Report of the Municipal Commissioner on the plague in Bombay for the year ending 31st May... - Volume 1
Disease focus: Plague
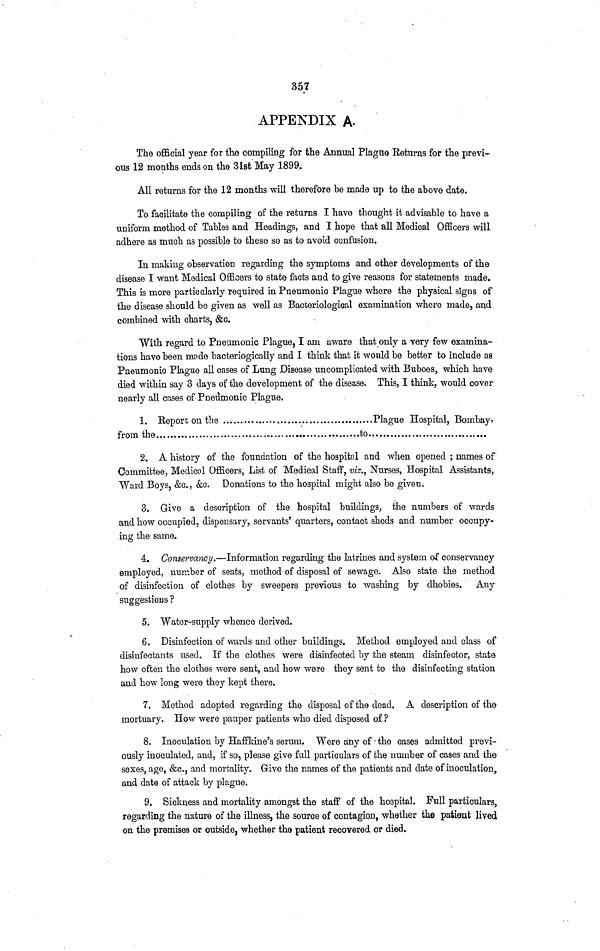
357
APPENDIX A.
The official year for the compiling for the Annual Plague Eeturns for the previ-
ous 12 months ends on the 31st May 1899.
All returns for the 12 months will therefore be made up to the above date.
To facilitate the compiling of the returns I have thought it advisable to have a
uniform method of Tables and Headings, and I hope that all Medical Officers will
adhere as much as possible to these so as to avoid confusion.
In making observation regarding the symptoms and other developments of the
disease I want Medical Officers to state facts and to give reasons for statements made.
This is more particalarly required in Pneumonic Plague where the physical signs of
the disease should be given as well as Bacteriological examination where made, and
combined with charts, &c.
With regard to Pneumonic Plague, I am aware that only a very few examina-
tions have been mode bacteriogically and I think that it would be better to include as
Pneumonic Plague all cases of Lung Disease uncomplicated with Buboes, which have
died within say 3 days of the development of the disease. This, I think, would cover
nearly all cases of Pneiimonic Plague.
1. Report on the
Plague Hospital, Bombay,
from the
..
to
2. A history of the foundation of the hospital and when opened ; names of
Committee, Medicol Officers, List of Medical Staff, viz., Nurses, Hospital Assistants,
Ward BoySj &c., &c. Donations to the hospital might also be given.
3. Give a description of the hospital buildings, the numbers of wards
and how occupied, dispensary, servants' quarters, contact sheds and number occupy-
ing the same.
4. Conservancy.—Information regarding the latrines and system of conservancy
employed, number of seats, method of disposal of sewage. Also state the method
of disinfection of clothes by sweepers previous to washing by dhobies. Any
suggestions ?
5. Water-supply whence derived.
6. Disinfection of wards and other buildings. Method employed and class of
disinfectants used. If the clothes were disinfected by the steam disinfector, state
how often the clothes were sent, and how were they sent to the disinfecting station
and how long were they kept there.
7. Method adopted regarding the disposal of the dead. A description of the
mortuary. How were pauper patients who died disposed of ?
8. Inoculation by Haffkine's serum. Were any of the cases admitted previ-
ously inoculated, and, if so, please give full particulars of the number of cases and the
sexes, age, &c., and mortality. Give the names of the patients and date of inoculation,,
and date of attack by plague.
9. Sickness and mortality amongst the staff of the hospital. Full particulars,
regarding the nature of the illness, the source of contagion, whether the patient lived
on the premises or outside, whether the patient recovered or died.